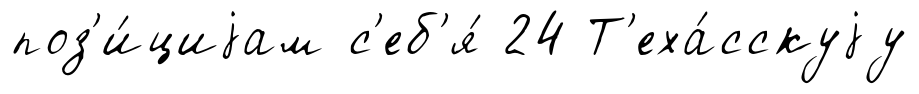
поз'и́циjам с'еб'я́ 24 Т'еха́сскуjу